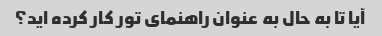
آیا تا به حال به عنوان راهنمای تور کار کرده اید؟